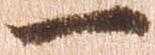
一